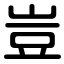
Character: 豈